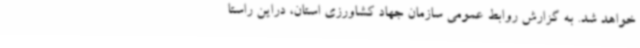
خواهد شد. به گزارش روابط عمومی سازمان جهاد کشاورزی استان، دراین راستا